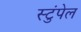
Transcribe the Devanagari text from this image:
स्टुंपेल